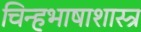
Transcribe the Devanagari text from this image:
चिन्हभाषाशास्त्र